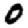
Digit: 0